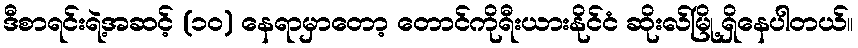
ဒီစာရင်းရဲ့အဆင့် (၁၀) နေရာမှာတော့ တောင်ကိုရီးယားနိုင်ငံ ဆိုးလ်မြို့ရှိနေပါတယ်။